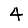
Digit: 4